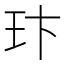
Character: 玣